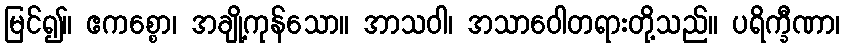
မြင်၍။ ဧကစ္စော၊ အချို့ကုန်သော။ အာသဝါ၊ အသာဝေါတရားတို့သည်။ ပရိက္ခီဏာ၊